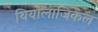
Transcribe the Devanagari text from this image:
थियोलाजिकल